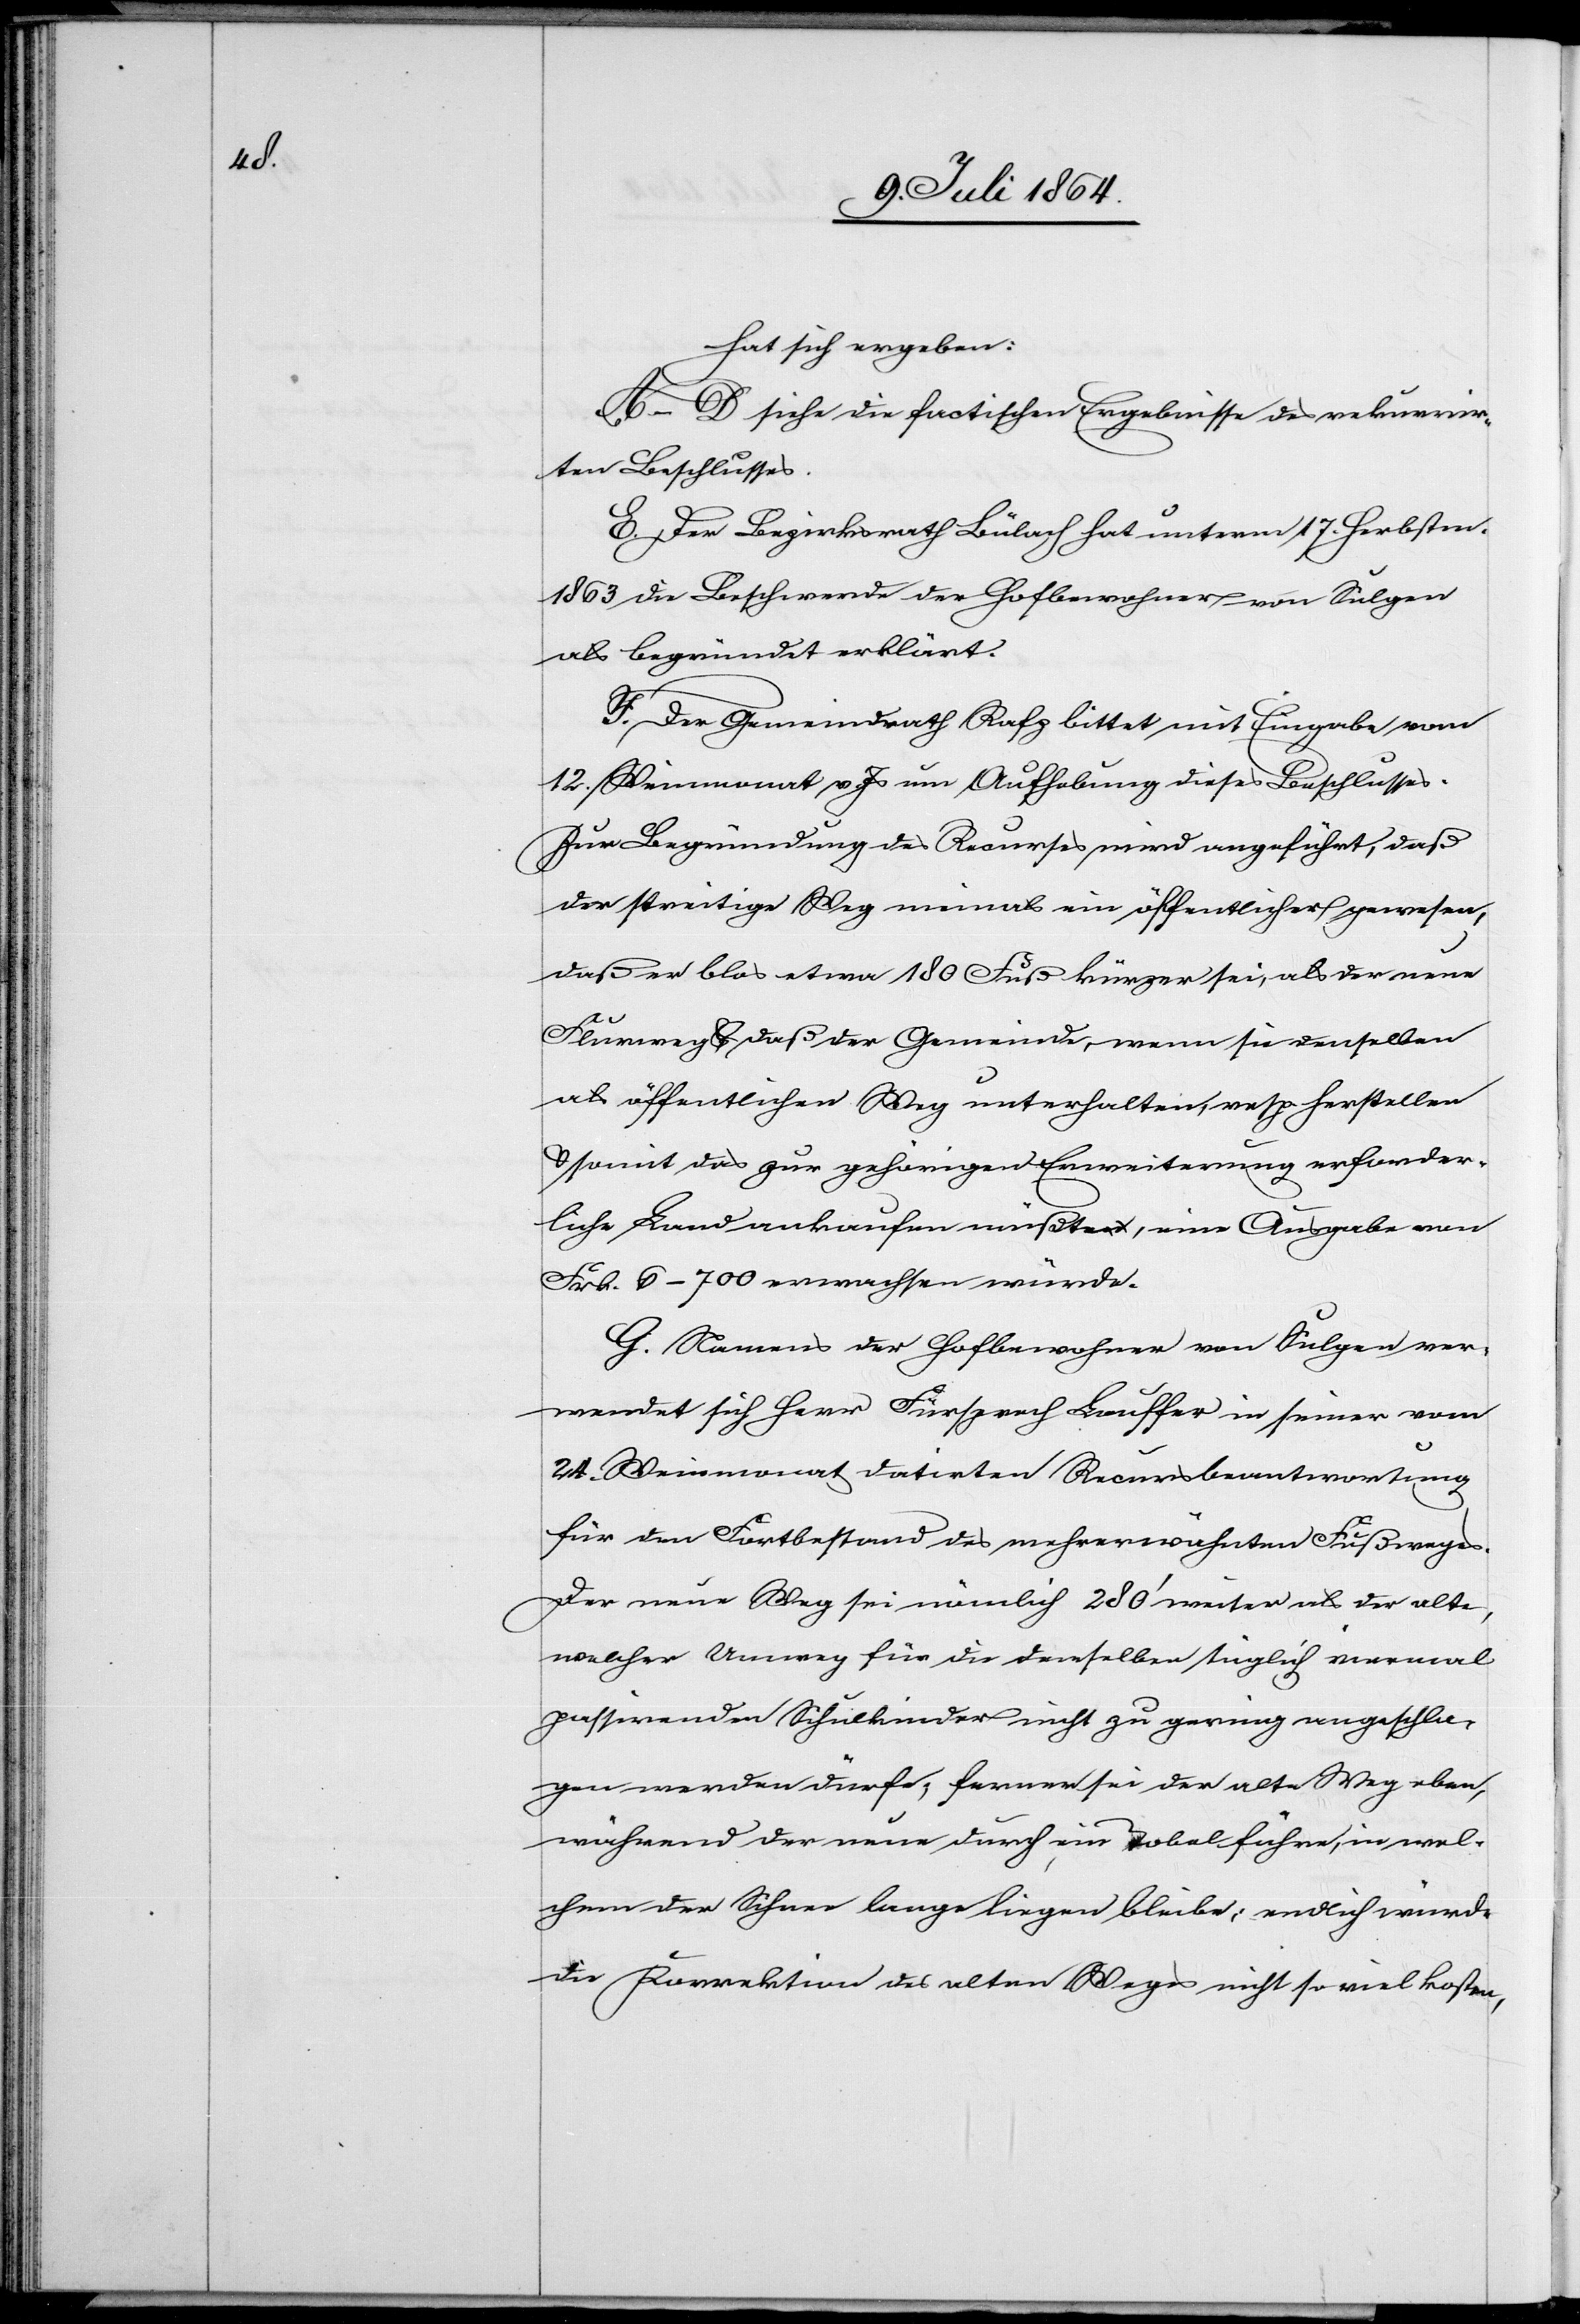
hat sich ergeben:
A–D siehe die factischen Ergebnisse des rekurrir¬
ten Beschlusses.
E. Der Bezirksrath Bülach hat unterm 17. Herbstm.
1863 die Beschwerde der Hofbewohner von Sulgen
als begründet erklärt.
F. Der Gemeindrath Rafz bittet mit Eingabe vom
12. Weinmonat v. Js. um Aufhebung dieses Beschlusses.
Zur Begründung des Recurses wird angeführt, daß
der streitige Weg niemals ein öffentlicher gewesen,
daß er blos etwa 180 Fuß kürzer sei, als der neue
Flurweg u. daß der Gemeinde, wenn sie denselben
als öffentlichen Weg unterhalten, resp. herstellen
u. somit das zur gehörigen Erweiterung erforder¬
liche Land ankaufen müßte, eine Ausgabe von
Frk. 6–700 erwachsen würde.
G. Namens der Hofbewohner von Sulgen ver¬
wendet sich Herr Fürsprech Lauffer in seiner vom
24. Weinmonat datirten Recursbeantwortung
für den Fortbestand des mehrerwähnten Fußweges.
Der neue Weg sei nämlich 280’ weiter als der alte,
welcher Umweg für die denselben täglich viermal
passirenden Schulkinder nicht zu gering angeschla¬
gen werden dürfe, ferner sei der alte Weg eben,
während der neue durch ein Tobel führe, in wel¬
chem der Schnee lange liegen bleibe; endlich würde
die Korrektion des alten Weges nicht so viel kosten,